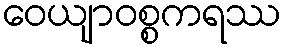
ဝေယျာဝစ္စကရဿ